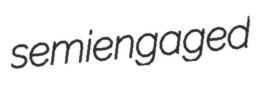
semiengaged